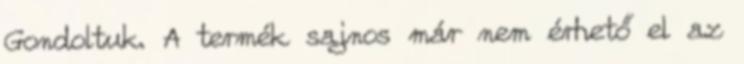
Gondoltuk. A termék sajnos már nem érhető el az